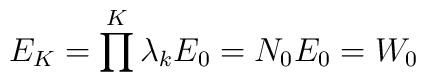
E_{K} = \prod^K \lambda_{k} E_0 = N_0 E_0 = W_0